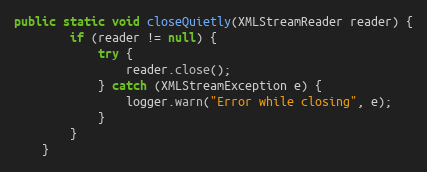
Language: Java
public static void closeQuietly(XMLStreamReader reader) {
        if (reader != null) {
            try {
                reader.close();
            } catch (XMLStreamException e) {
                logger.warn("Error while closing", e);
            }
        }
    }